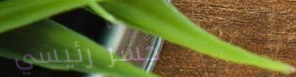
جسر رئيسي